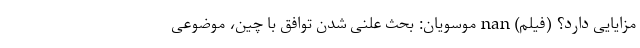
مزایایی دارد؟ (فیلم) nan موسویان: بحث علنی شدن توافق با چین، موضوعی